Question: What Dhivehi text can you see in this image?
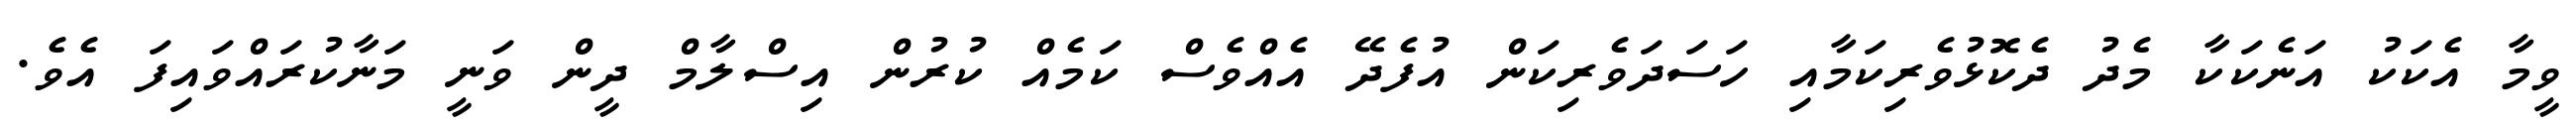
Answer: ވީމާ އެކަކު އަނެކަކާ މެދު ދެކޮޅުވެރިކަމާއި ހަސަދަވެރިކަން އުފެދޭ އެއްވެސް ކަމެއް ކުރުން އިސްލާމް ދީން ވަނީ މަނާކުރައްވައިފަ އެވެ.